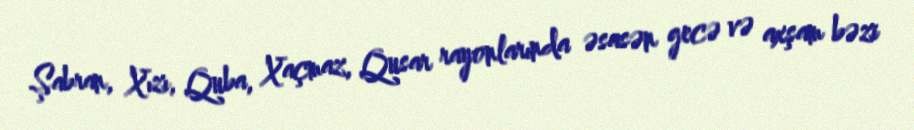
Şabran, Xızı, Quba, Xaçmaz, Qusar rayonlarında əsasən gecə və axşam bəzi